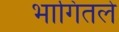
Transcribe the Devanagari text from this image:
भागितले